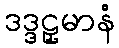
ဒဒ္ဒဠှမာနံ